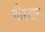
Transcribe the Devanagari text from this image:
गीरबान